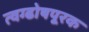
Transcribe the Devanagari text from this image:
त्वग्ढोषपूरक